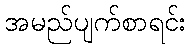
အမည်ပျက်စာရင်း